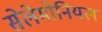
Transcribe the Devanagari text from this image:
सेलेमोनियल